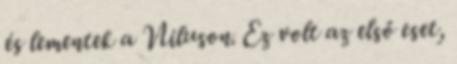
és lementek a Niluson. Ez volt az első eset,